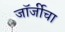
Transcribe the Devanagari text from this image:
जॉर्जीचा